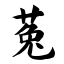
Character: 菟